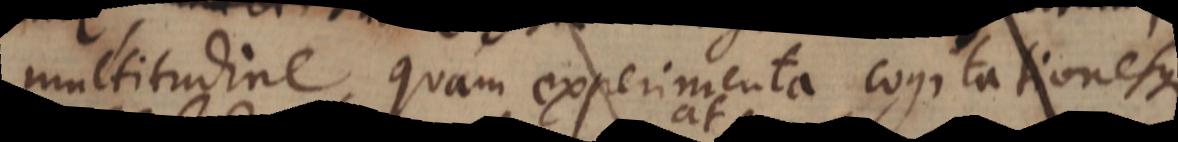
multitudine, quam experimenta cogitationesque